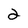
Character: 2